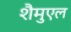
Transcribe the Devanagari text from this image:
शैमुएल